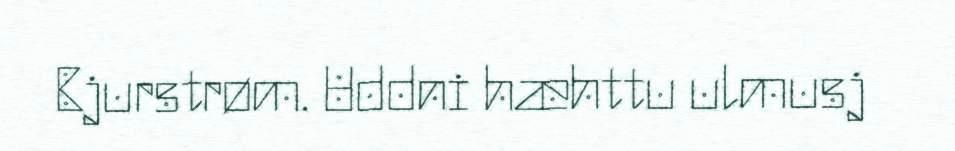
Bjurstrøm. Uddni hæhttu ulmusj